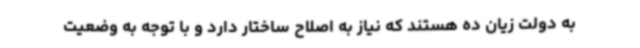
به دولت زیان ده هستند که نیاز به اصلاح ساختار دارد و با توجه به وضعیت